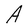
Character: A